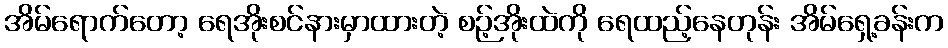
အိမ်ရောက်တော့ ရေအိုးစင်နားမှာထားတဲ့ စဉ့်အိုးထဲကို ရေထည့်နေတုန်း အိမ်ရှေ့ခန်းက